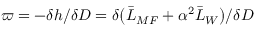
\varpi = - \delta h / \delta D = \delta \big ( \Bar { L } _ { M F } + \alpha ^ { 2 } \Bar { L } _ { W } \big ) / \delta D